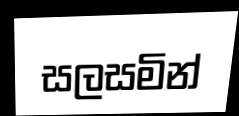
සලසමින්